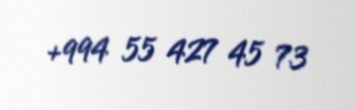
+994 55 427 45 73